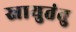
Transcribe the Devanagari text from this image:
स्नायुतंतु